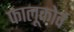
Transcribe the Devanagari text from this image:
फालूकोर्व